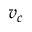
v _ { c }